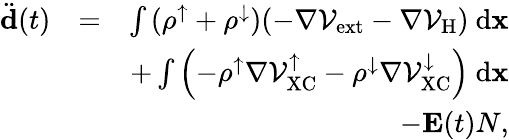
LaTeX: \begin{array}{rlr}{\ddot{\mathbf d}(t)}&{=}&{\int{(\rho^{\uparrow}+\rho^{\downarrow})(-\nabla\mathcal{V}_{\mathrm{ext}}-\nabla\mathcal{V}_{\mathrm{H}})\ \mathrm{d}{\mathbf x}}}\\ &{}&{+\int{\left(-\rho^{\uparrow}\nabla\mathcal{V}_{\mathrm{XC}}^{\uparrow}-\rho^{\downarrow}\nabla\mathcal{V}_{\mathrm{XC}}^{\downarrow}\right)\ \mathrm{d}{\mathbf x}}}\\ &{}&{-{\mathbf E}(t)N,}\end{array}